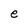
Character: e